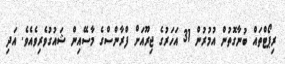
ރިޕޯޓްތައް ބުނާގޮތުން އުމުރުން 31 އަހަރުގެ ޖިރޫއަށް ފްރާންސްގެ މާސޭއިން ޝައުގުވެރިވެއެވެ. އަދި